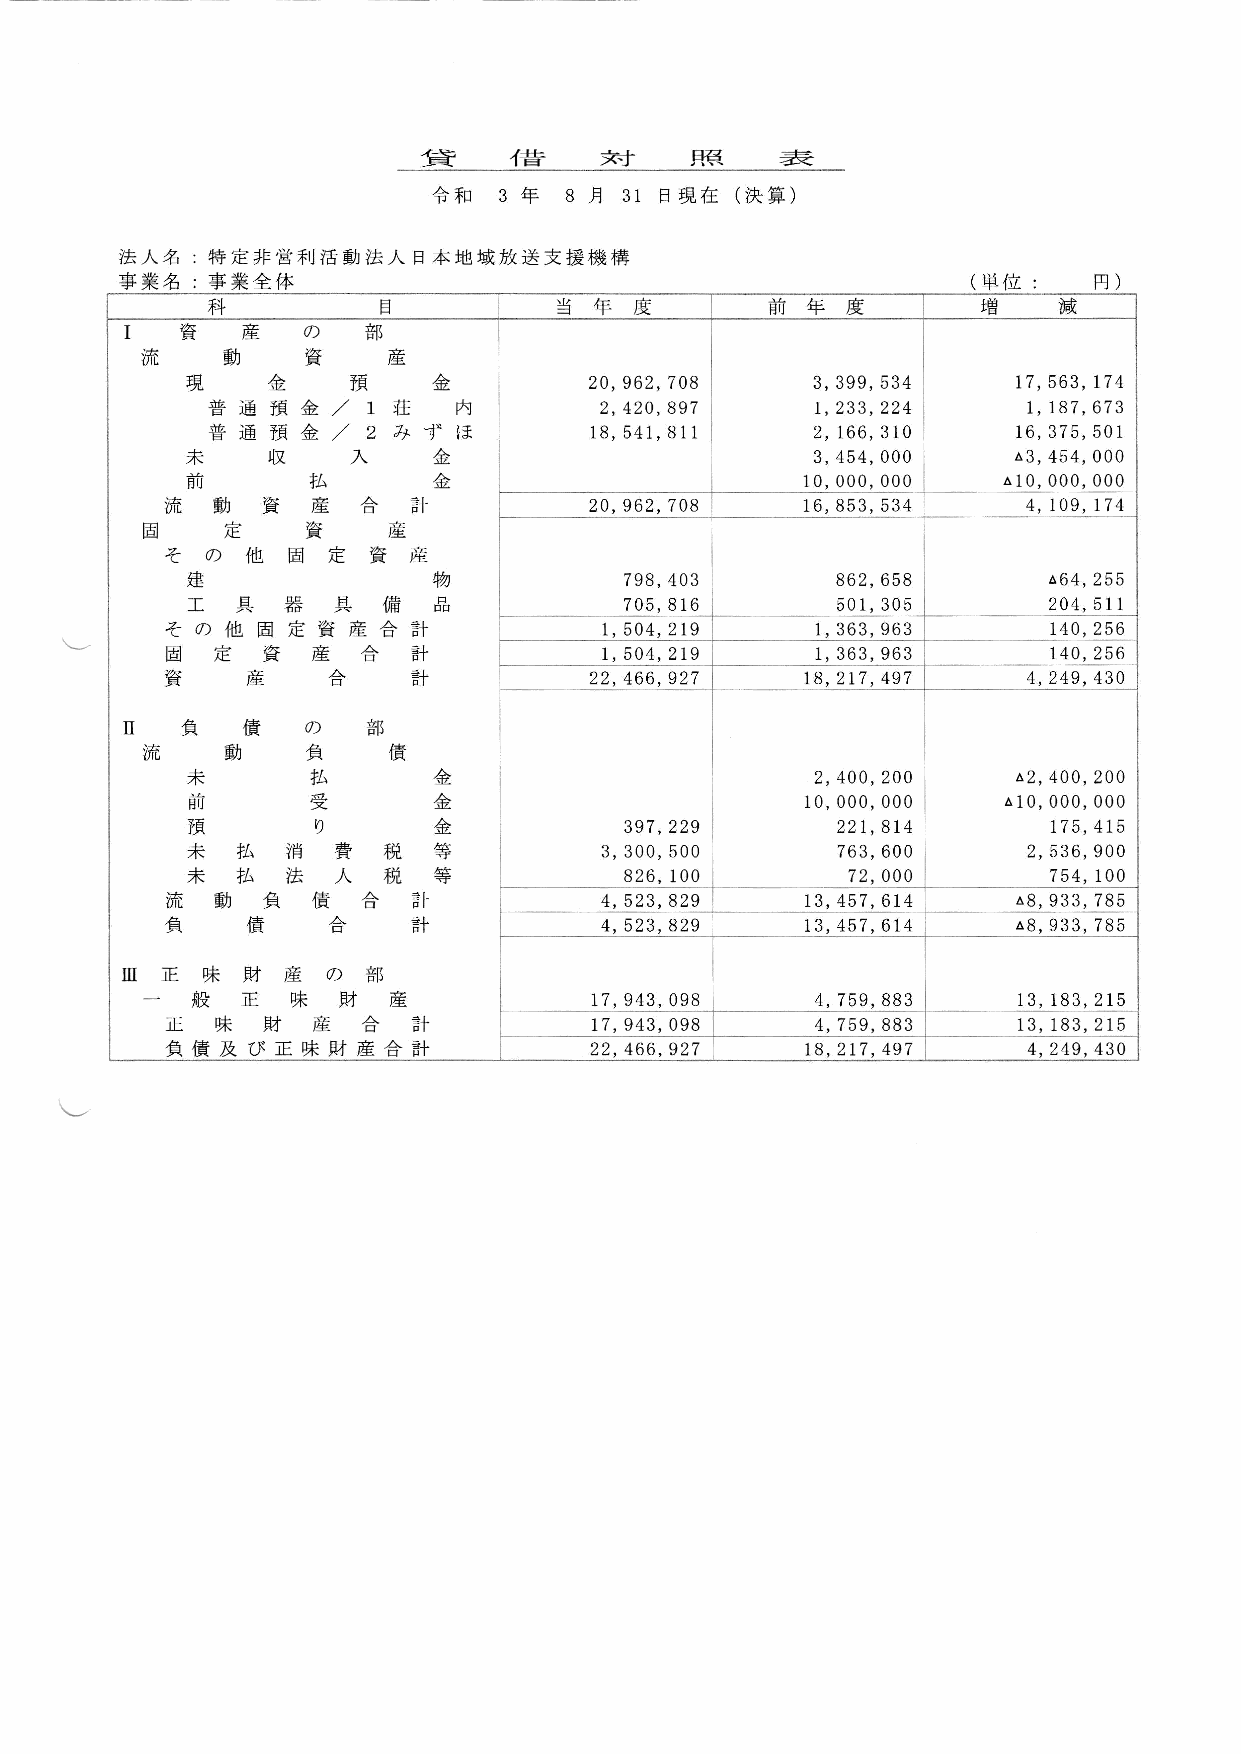
貸     借     対     照     表
 令和 3年   8月  31日 現在  (決算
 )
 法人名  :特 定非営利活動法人   日本地域放送支援機構
 事業名  :事業全体                            (単                  位 :   円
 )
 科          目           当 年  度        前 年  度        ナ曽   減
 流
 20,962,708     3,399,534    17,563,174
 内         2,420,897     1,233,224     1,187,673
 ほ        18,541,811     2,166,310    16,375,501
 3,454,000    △3,454,000
 10,000,000   △10,000,000
 20,962,708    16,853,534     4,109,174
 固
 798,403       862,658       △64,255
 705,816       501,305       204,511
 1,504,219     1,363,963      140,256
 1,504,219     1,363,963      140,256
 22,466,927    18,217,497     4,249,430
 流
 金                        2,400,200    △2,400,200
 金                       10,000,000   △10,000,000
 金           397,229       221,814        175,415
 等          3,300,500      763,600      2,536,900
 等           826,100        72,000       754,100
 計            4,523,829    13,457,614    △8,933,785
 計            4,523,829    13,457,614    △8,933,785
 17,943,098     4,759,883    13,183,215
 計           17,943,098     4,759,883    13,183,215
 計           22,466,927    18,217,497     4,249,430
 し